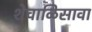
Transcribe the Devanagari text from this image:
शेचाळिसावा